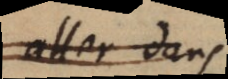
aller dans